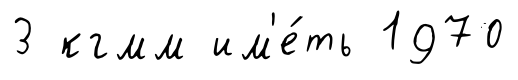
3 кгмм им'е́ть 1970